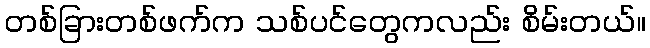
တစ်ခြားတစ်ဖက်က သစ်ပင်တွေကလည်း စိမ်းတယ်။